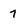
Character: 7